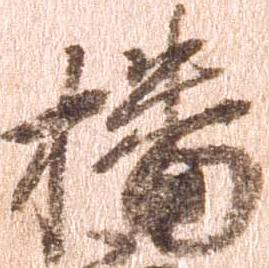
播